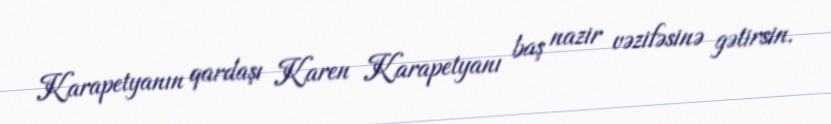
Karapetyanın qardaşı Karen Karapetyanı baş nazir vəzifəsinə gətirsin.